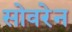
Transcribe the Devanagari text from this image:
सोवरेन